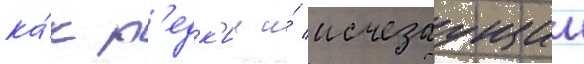
ка́к р'едк'ии и́ исчезаущии